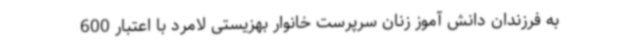
به فرزندان دانش آموز زنان سرپرست خانوار بهزیستی لامرد با اعتبار 600